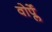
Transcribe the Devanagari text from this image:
वोर्प्ले